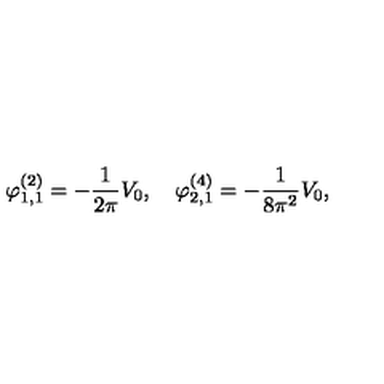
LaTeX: \varphi _ { 1 , 1 } ^ { ( 2 ) } = - \frac { 1 } { 2 \pi } V _ { 0 } , \quad \varphi _ { 2 , 1 } ^ { ( 4 ) } = - \frac { 1 } { 8 \pi ^ { 2 } } V _ { 0 } ,